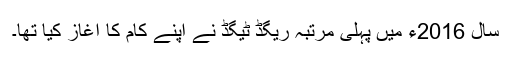
سال 2016ء میں پہلی مرتبہ ریگڈ ٹیگڈ نے اپنے کام کا آغاز کیا تھا۔